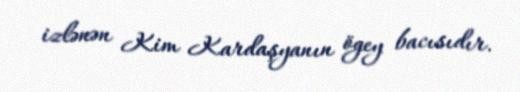
izlənən Kim Kardaşyanın ögey bacısıdır.